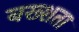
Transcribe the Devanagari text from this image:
बख्शता